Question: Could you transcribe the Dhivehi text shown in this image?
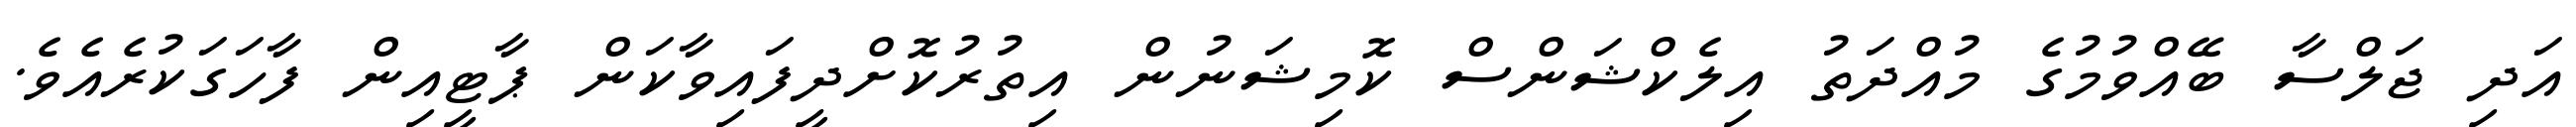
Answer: އަދި ޖަލްސާ ބޭއްވުމުގެ މުއްދަތު އިލެކްޝަންސް ކޮމިޝަނުން އިތުރުކޮށްދީފައިވާކަން ޕާޓީއިން ފާހަގަކުރެއެވެ.